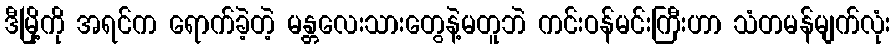
ဒီမြို့ကို အရင်က ရောက်ခဲ့တဲ့ မန္တလေးသားတွေနဲ့မတူဘဲ ကင်းဝန်မင်းကြီးဟာ သံတမန်မျက်လုံး